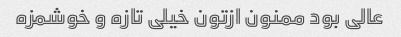
عالی بود ممنون ازتون خیلی تازه و خوشمزه